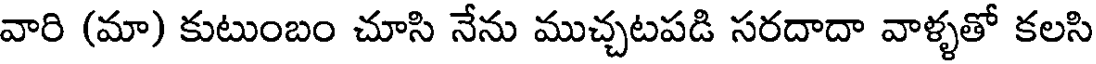
వారి (మా) కుటుంబం చూసి నేను ముచ్చటపడి సరదాదా వాళ్ళతో కలసి